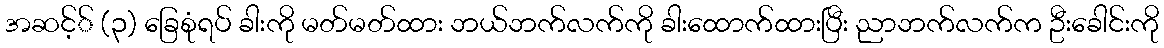
အဆင့်် (၃) ခြေစုံရပ် ခါးကို မတ်မတ်ထား ဘယ်ဘက်လက်ကို ခါးထောက်ထားပြီး ညာဘက်လက်က ဦးခေါင်းကို